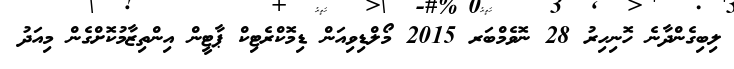
ލިބިގެންދާނެ ހޮނިހިރު 28 ނޮވެމްބަރ 2015 މޯލްޑިވިއަން ޑިމޮކްރެޓިކް ޕާޓީން އިންތިޒާމުކޮށްގެން މިއަދު